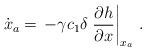
LaTeX: \begin{align*}\dot{{x}}_a = \, -\gamma c_1 \delta \left.\dfrac{\partial h}{\partial x}\right|_{{x}_a}\,. \end{align*}